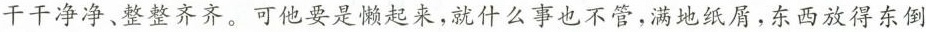
干干净净、整整齐齐。可他要是懒起来，就什么事也不管，满地纸屑，东西放得东倒